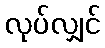
လုပ်လျှင်